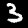
Digit: 3